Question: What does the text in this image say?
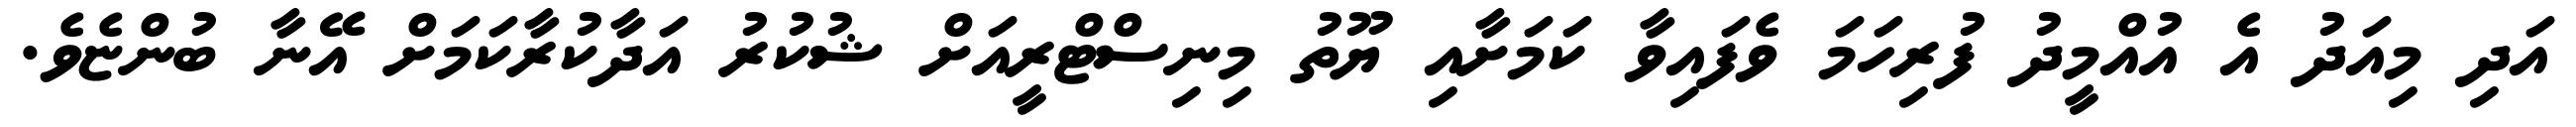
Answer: އަދި މިއަދު އެ އުއްމީދު ފުރިހަމަ ވެފައިވާ ކަމަށާއި ޔޫތު މިނިސްޓްރީއަށް ޝުކުރު އަދާކުރާކަމަށް އޭނާ ބުންޏެވެ.